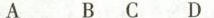
A B C D